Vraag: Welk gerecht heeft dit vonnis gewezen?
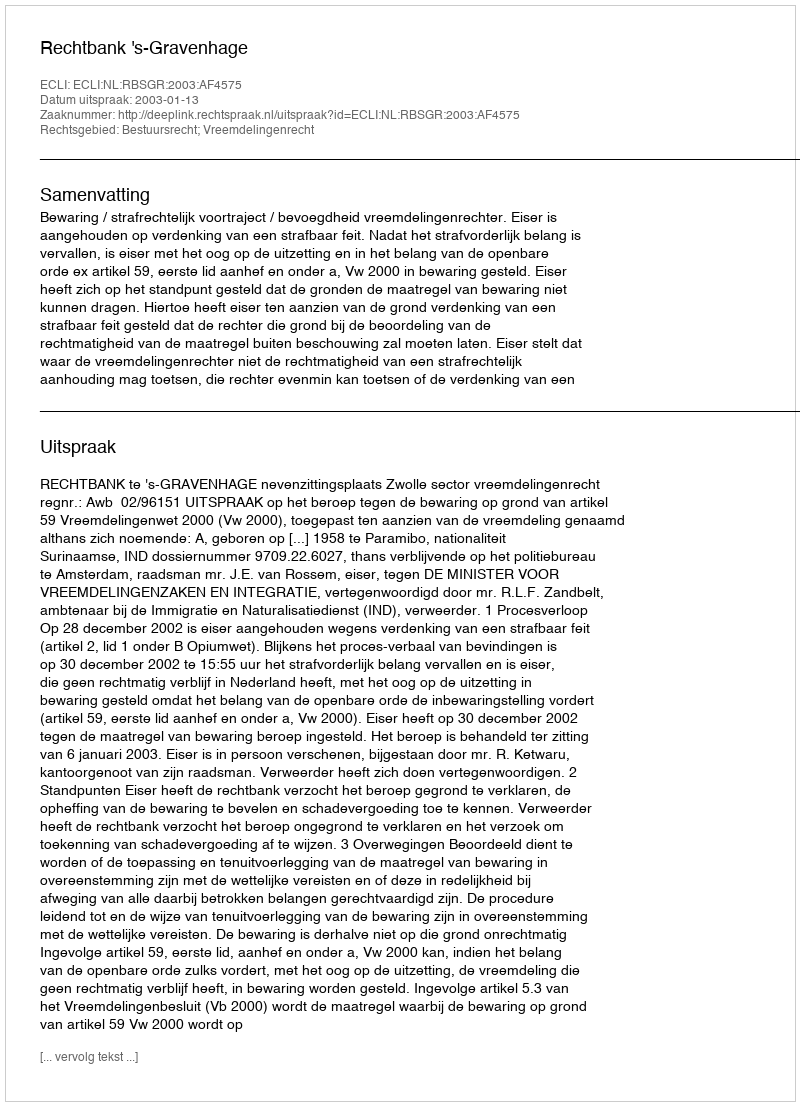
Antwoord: Rechtbank 's-Gravenhage